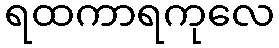
ရထကာရကုလေ